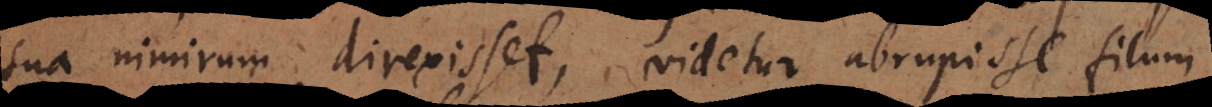
sua nimium direxisset, videtur abrupisse filum